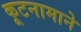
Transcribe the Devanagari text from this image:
कूटनामाने